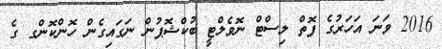
2016 ވަނަ އަހަރުގެ ފޮތް ލިސްޓް ނޮވެލްޓީ ބުކްޝޮޕުން ނަގައިގެން ހޮންކޮންގ ގެ